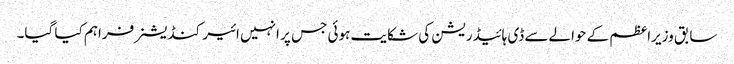
سابق وزیراعظم کے حوالےسے ڈی ہائیڈریشن کی شکایت ہوئی جس پر انہیں ائیر کنڈیشنر فراہم کیا گیا۔